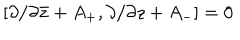
LaTeX: { } [ \partial / \partial \bar { z } + A _ { + } , \partial / \partial z + A _ { - } ] = 0